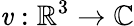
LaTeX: \mathit{v}:\mathbb{{R}}^{3}\rightarrow\mathbb{{C}}